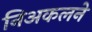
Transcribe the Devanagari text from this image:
निअकलने